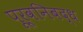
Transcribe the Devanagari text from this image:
पूर्वनिबद्ध